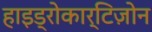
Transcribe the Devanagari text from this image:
हाइड्रोकार्टिज़ोन